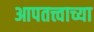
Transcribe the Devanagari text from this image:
आपतत्त्वाच्या